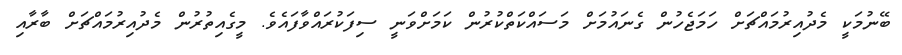
ބޭނުމަކީ މެދުއިރުމައްޗަށް ހަމަޖެހުން ގެނައުމަށް މަސައްކަތްކުރުން ކަމަށްވަނީ ސިފަކުރައްވާފައެވެ. މީގެއިތުރުން މެދުއިރުމައްޗަށް ބާރާއި